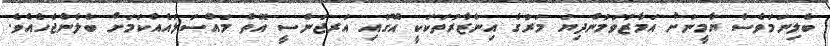
ބެލިނަމަވެސް ޔާމީނަށް އަމާޒުވަމުންދިޔަ މަރުގެ އިންޒާރުތަކަކީ އޭގައި އަރޖަންސީ އޮތް މައްސަލައެއްކަމަށް ބެލެންޖެހެއެވެ.